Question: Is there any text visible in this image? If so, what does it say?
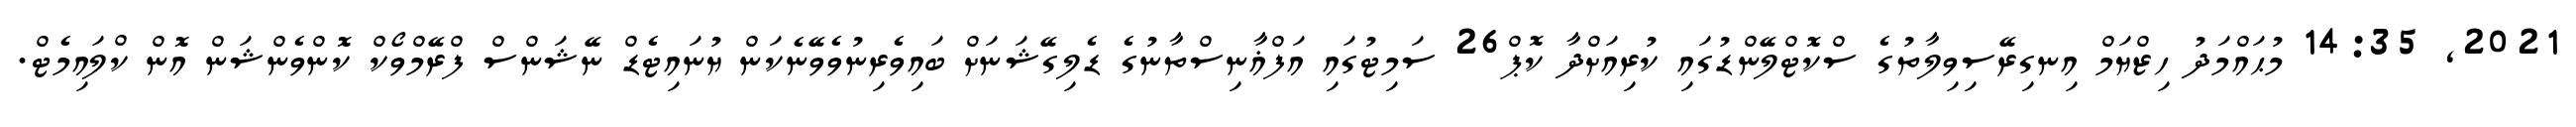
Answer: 2021, 14:35 މުޙައްމަދު ހިޒްޔަމް އިނގިރޭސިވިލާތުގެ ސްކޮޓްލޭންޑުގައި ކުރިއަށްދާ ކޮޕް26 ސަމިޓުގައި އަފްޣާނިސްތާނުގެ ޑެލިގޭޝަނަށް ބައިވެރިނުވެވޭނެކަން ޔުނައިޓެޑް ނޭޝަންސް ފްރޭމްވޯކް ކޮންވެންޝަން އޮން ކްލައިމެޓް.